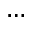
\dots